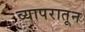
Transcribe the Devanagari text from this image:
व्यापरातून